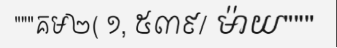
"""គម២( ១, ៥៣៩/ ម៉ាយ"""